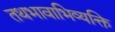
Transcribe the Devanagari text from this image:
तथभावाभिव्यक्ति